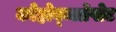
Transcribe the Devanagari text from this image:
कोहोब्ब्लोपोट